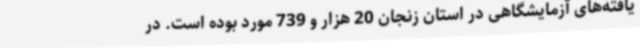
یافته‌های آزمایشگاهی در استان زنجان 20 هزار و 739 مورد بوده است. در